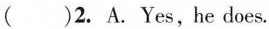
( )2. A.Yes,he does.